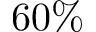
6 0 \%